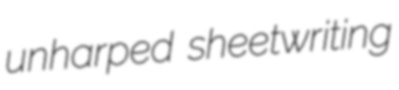
unharped sheetwriting